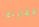
مقارنة